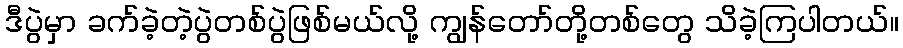
ဒီပွဲမှာ ခက်ခဲ့တဲ့ပွဲတစ်ပွဲဖြစ်မယ်လို့ ကျွန်တော်တို့တစ်တွေ သိခဲ့ကြပါတယ်။